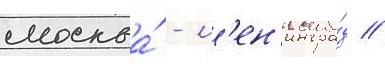
москва́ - л'ен'ингра́д //